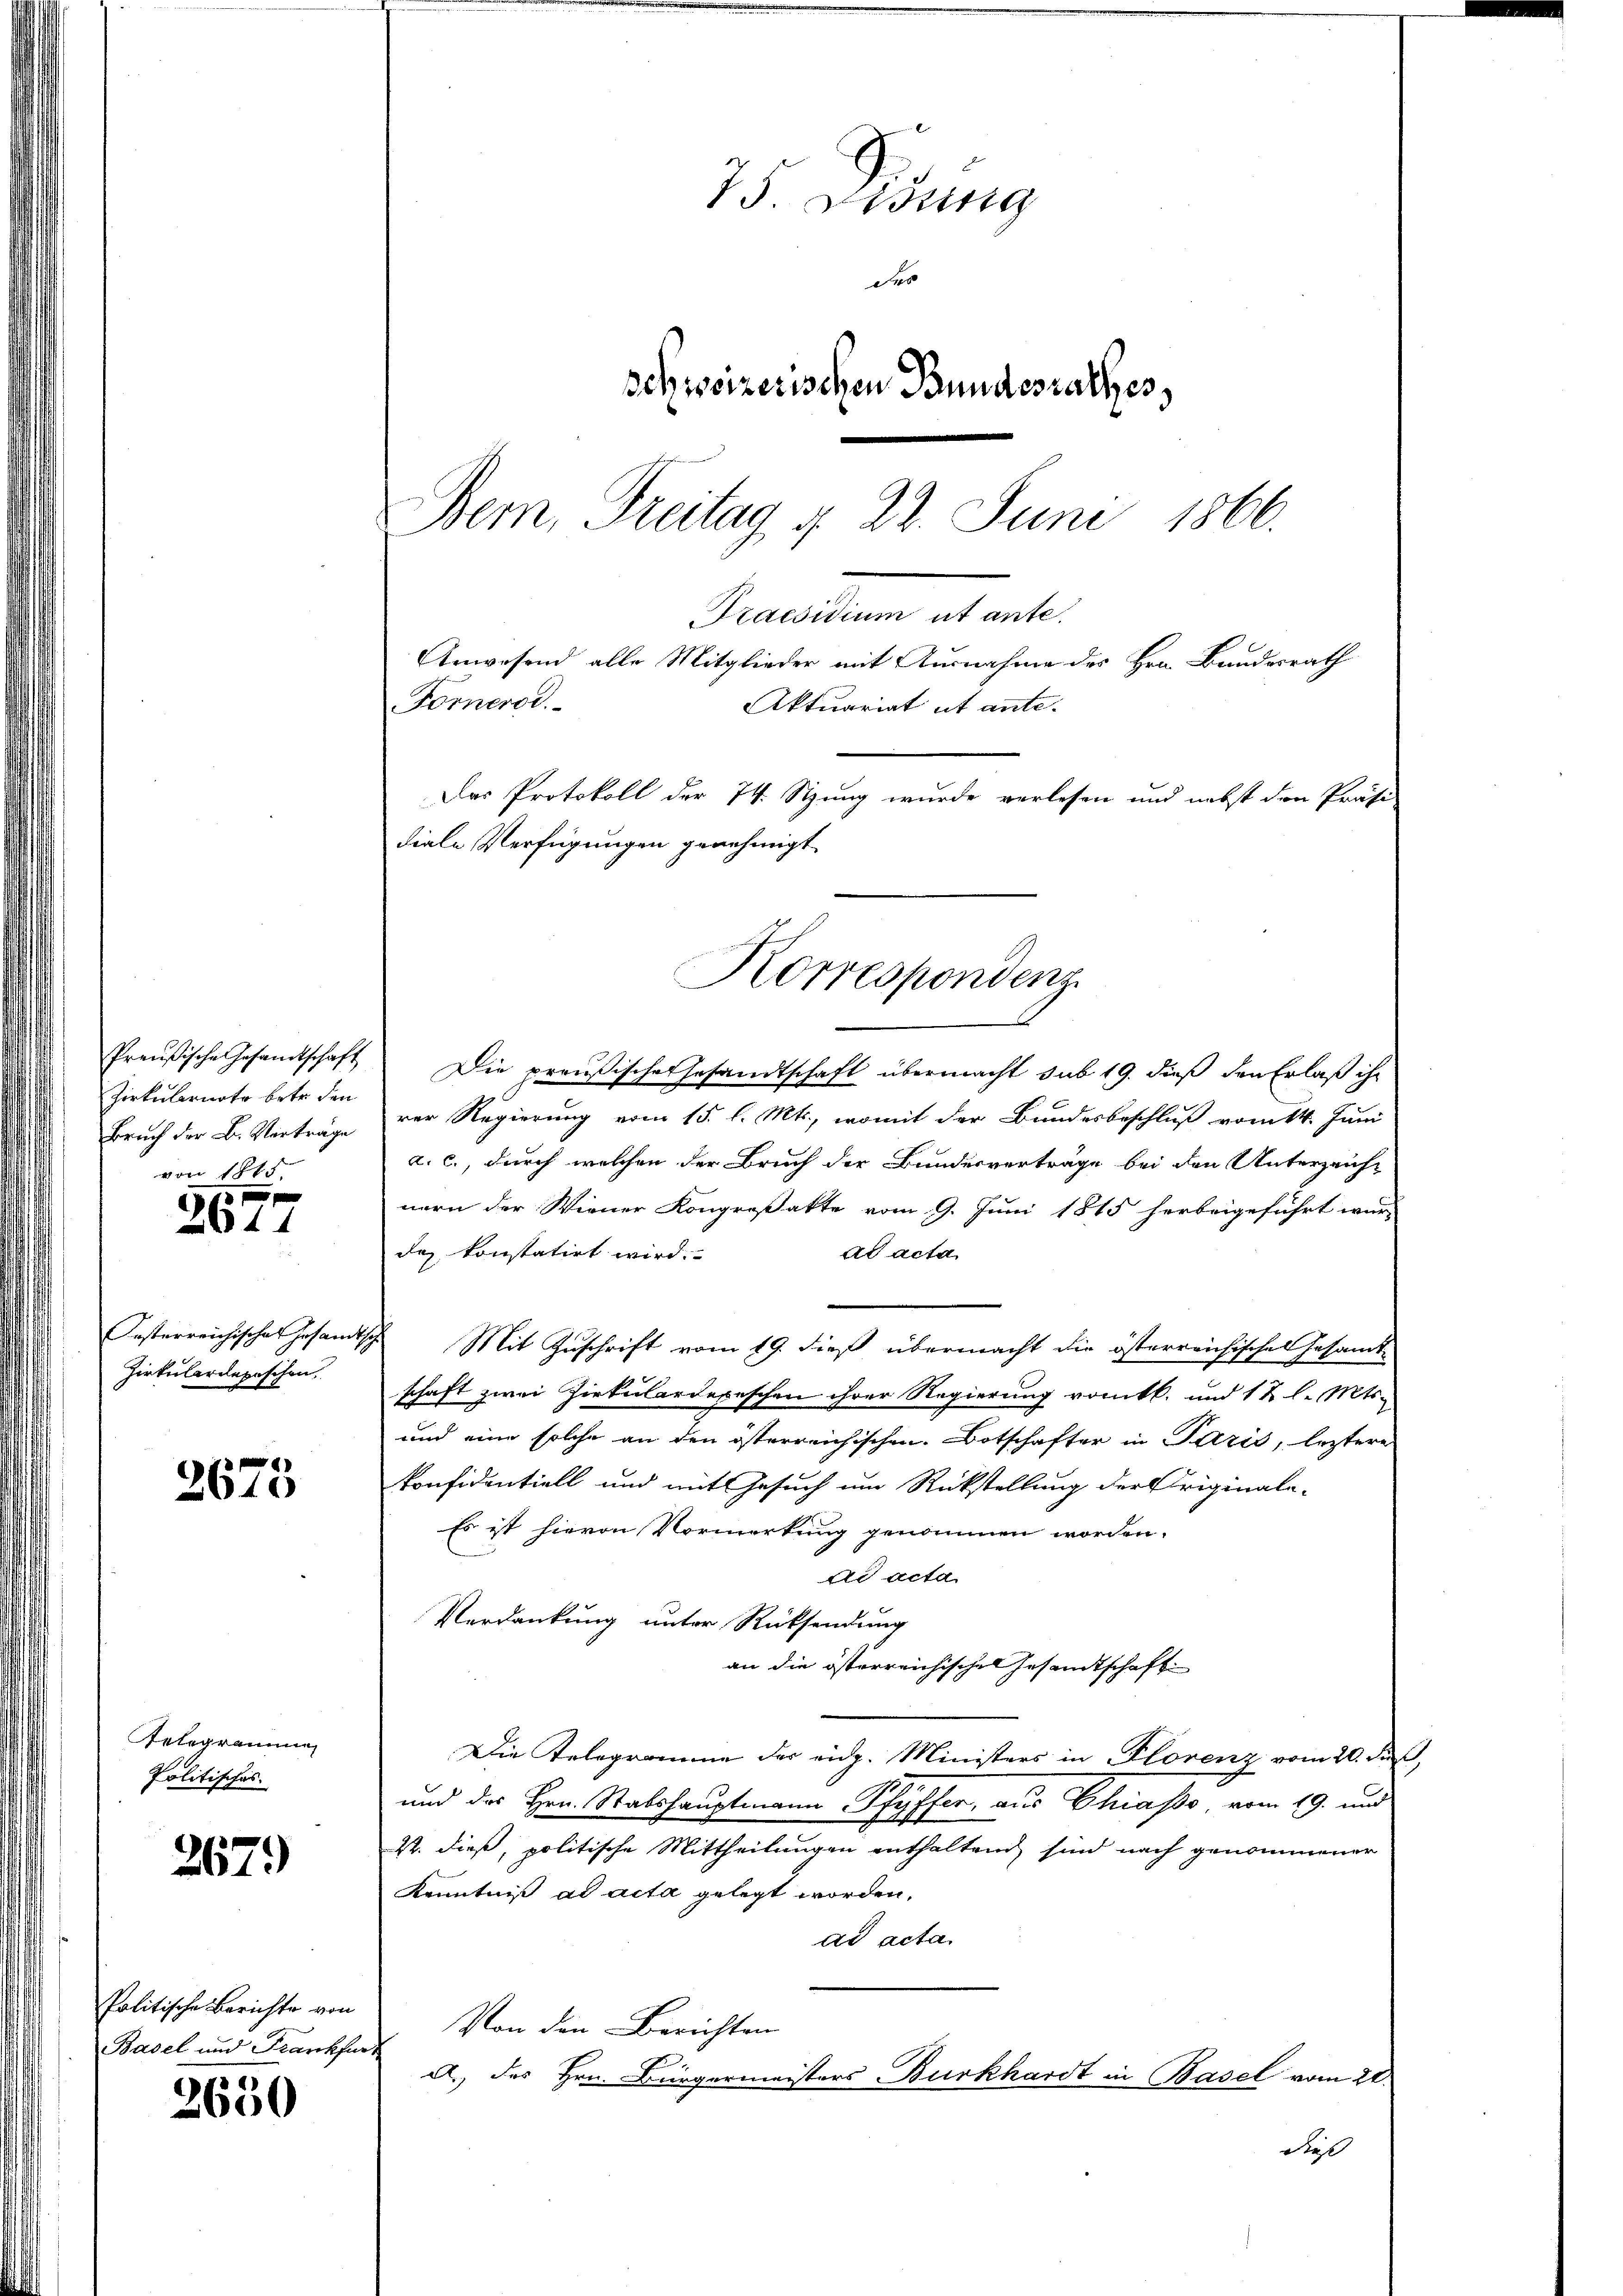
Preußische Gesandtschaft
Zirkulariats betr. den
Bruch der B. Verträge
von Sch

2677

Oesterreichisches Gesandt,
Zirkulardepischen

2675

Integrammen
Politisches.

267.

Politische Berichte von
Basel und Frankfur

2650

75 Lung
des
schweizerischen Bundesrathes,
Bem, Freitag § 22. Juni 1866.
Praesidium ut ante.
Anwesend alle Mitglieder mit Ausnahme des Hrn. Bundesrath
Forneror
Aktuariat ut ante.
Das Protokoll der 74. Stzung wurde verlesen und nebst den Präsi-
diale Verfügungen genehmigt

Die preußische Gesandtschaft übermacht sub 19. dieß den Erlaß ihr
rer Regierung vom 15. l. Mts., womit der Bundesbeschluß vom 14. Juni
a. c., durch welchen der Bruch der Bundesverträge bei den Unterzeichnern der Wiener Kongroßakte vom 9. Juni 1815 herbeigeführt wur-
das konstatirt wird.
ad acta
Mit Zuschrift vom 19. dieß übermacht die österreichisches Gesamt-
schaft zwei Zirkulardepeschen ihrer Regierung vomtl. und 12 l. Mts.
und eine solche an den österreichischen Botschafter in Paris, leztere
konfidentiell und mit Gesuch um Rückstellung der Originale-
Es ist hievon Vormerkung genommen worden.
ad acta
Verdankung unter Rücksendung
an die österreichischen Gesandtschaft
Die Relegramme der eidg. Ministers in Florenz vom 20. Fuß,
und des Hrn. Stabshauptmann Pfyffer, aus Chiasso vom 19. und
Zt. dieß, politische Mittheilungen enthaltend sind nach genommener
Kenntniß ad acta gelegt worden.
dd acta.
Von den Berichten
A. des Hrn. Bürgermeisters Burkhardt in Basel vom 21.
dies

Korrespondenz.